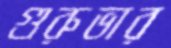
গুরুভার